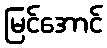
မြင်အောင်